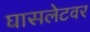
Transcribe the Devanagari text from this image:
घासलेटवर